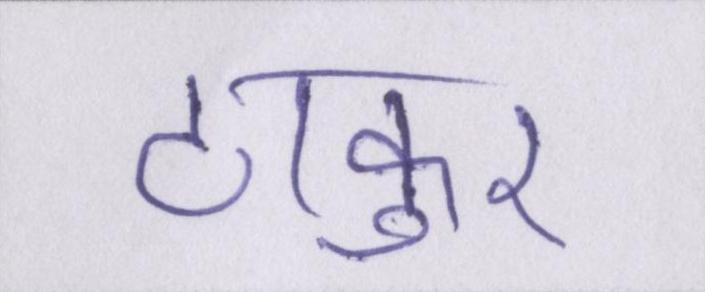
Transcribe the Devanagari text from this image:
ठाकुर